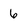
Character: 6